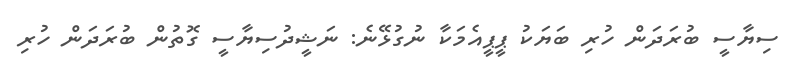
ސިޔާސީ ބުރަދަން ހުރި ބަޔަކު ޕީޕީއެމަކާ ނުގުޅޭނެ: ނަޝީދުސިޔާސީ ގޮތުން ބުރަދަން ހުރި